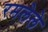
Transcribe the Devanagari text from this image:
रमलेले